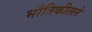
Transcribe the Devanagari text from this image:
भौतिकीतले